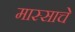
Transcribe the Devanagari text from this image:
मास्साचे